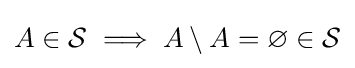
A\in {\mathcal {S}}\implies A\setminus A=\varnothing \in {\mathcal {S}}